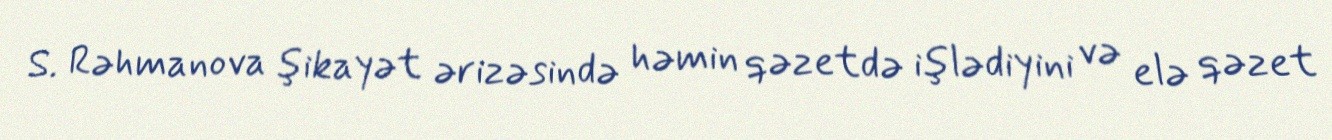
S. Rəhmanova şikayət ərizəsində həmin qəzetdə işlədiyini və elə qəzet